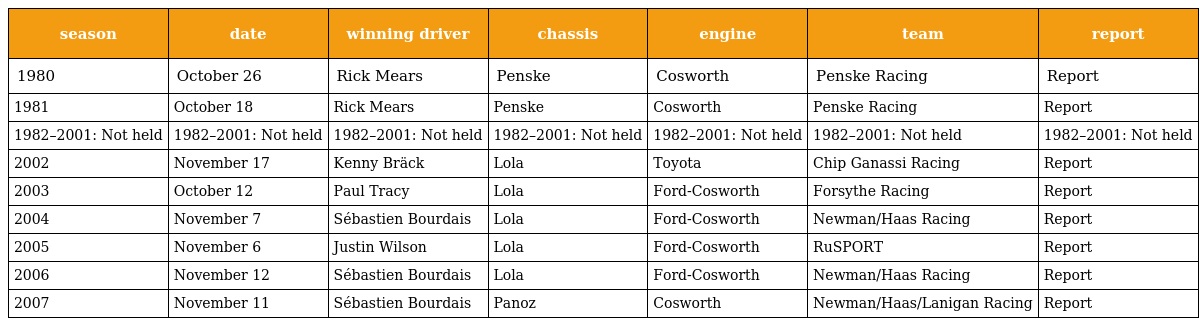
| season | date | winning driver | chassis | engine | team | report |
 | --- | --- | --- | --- | --- | --- | --- |
 | 1980 | October 26 | Rick Mears | Penske | Cosworth | Penske Racing | Report |
 | 1981 | October 18 | Rick Mears | Penske | Cosworth | Penske Racing | Report |
 | 1982–2001: Not held | 1982–2001: Not held | 1982–2001: Not held | 1982–2001: Not held | 1982–2001: Not held | 1982–2001: Not held | 1982–2001: Not held |
 | 2002 | November 17 | Kenny Bräck | Lola | Toyota | Chip Ganassi Racing | Report |
 | 2003 | October 12 | Paul Tracy | Lola | Ford-Cosworth | Forsythe Racing | Report |
 | 2004 | November 7 | Sébastien Bourdais | Lola | Ford-Cosworth | Newman/Haas Racing | Report |
 | 2005 | November 6 | Justin Wilson | Lola | Ford-Cosworth | RuSPORT | Report |
 | 2006 | November 12 | Sébastien Bourdais | Lola | Ford-Cosworth | Newman/Haas Racing | Report |
 | 2007 | November 11 | Sébastien Bourdais | Panoz | Cosworth | Newman/Haas/Lanigan Racing | Report |